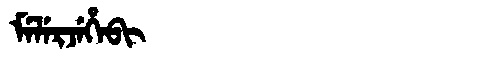
Manchu: ᠮᡝᠯᡝᡵᠵᡝᡥᡝᠪᡳ
Romanization: MELERJEHEBI